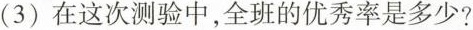
（3）在这次测验中，全班的优秀率是多少？